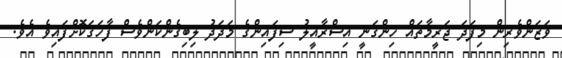
ވަޒަންވެރިން މިފަދަ ޖަރީމާތައް ހިންގަނީ އިސްރާއީލު ސިފައިންގެ މަދަދު ލިބިގެންކަންވެސް ފާހަގަކޮށްފައިވެ އެވެ.